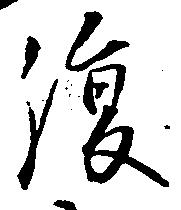
復